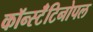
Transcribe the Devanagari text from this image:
कॉन्स्टॅंटिनोपल